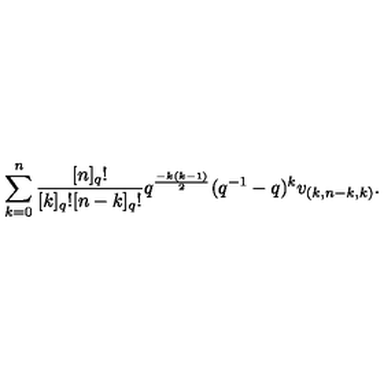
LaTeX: \sum _ { k = 0 } ^ { n } \frac { [ n ] _ { q } ! } { [ k ] _ { q } ! [ n - k ] _ { q } ! } q ^ { \frac { - k ( k - 1 ) } { 2 } } ( q ^ { - 1 } - q ) ^ { k } v _ { ( k , n - k , k ) } .